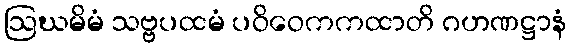
ဩဃမိမံ သဗ္ဗပထမံ ပဝိဝေကကထာတိ ဂဟဏဋ္ဌာနံ